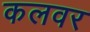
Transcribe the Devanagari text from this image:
कलवर